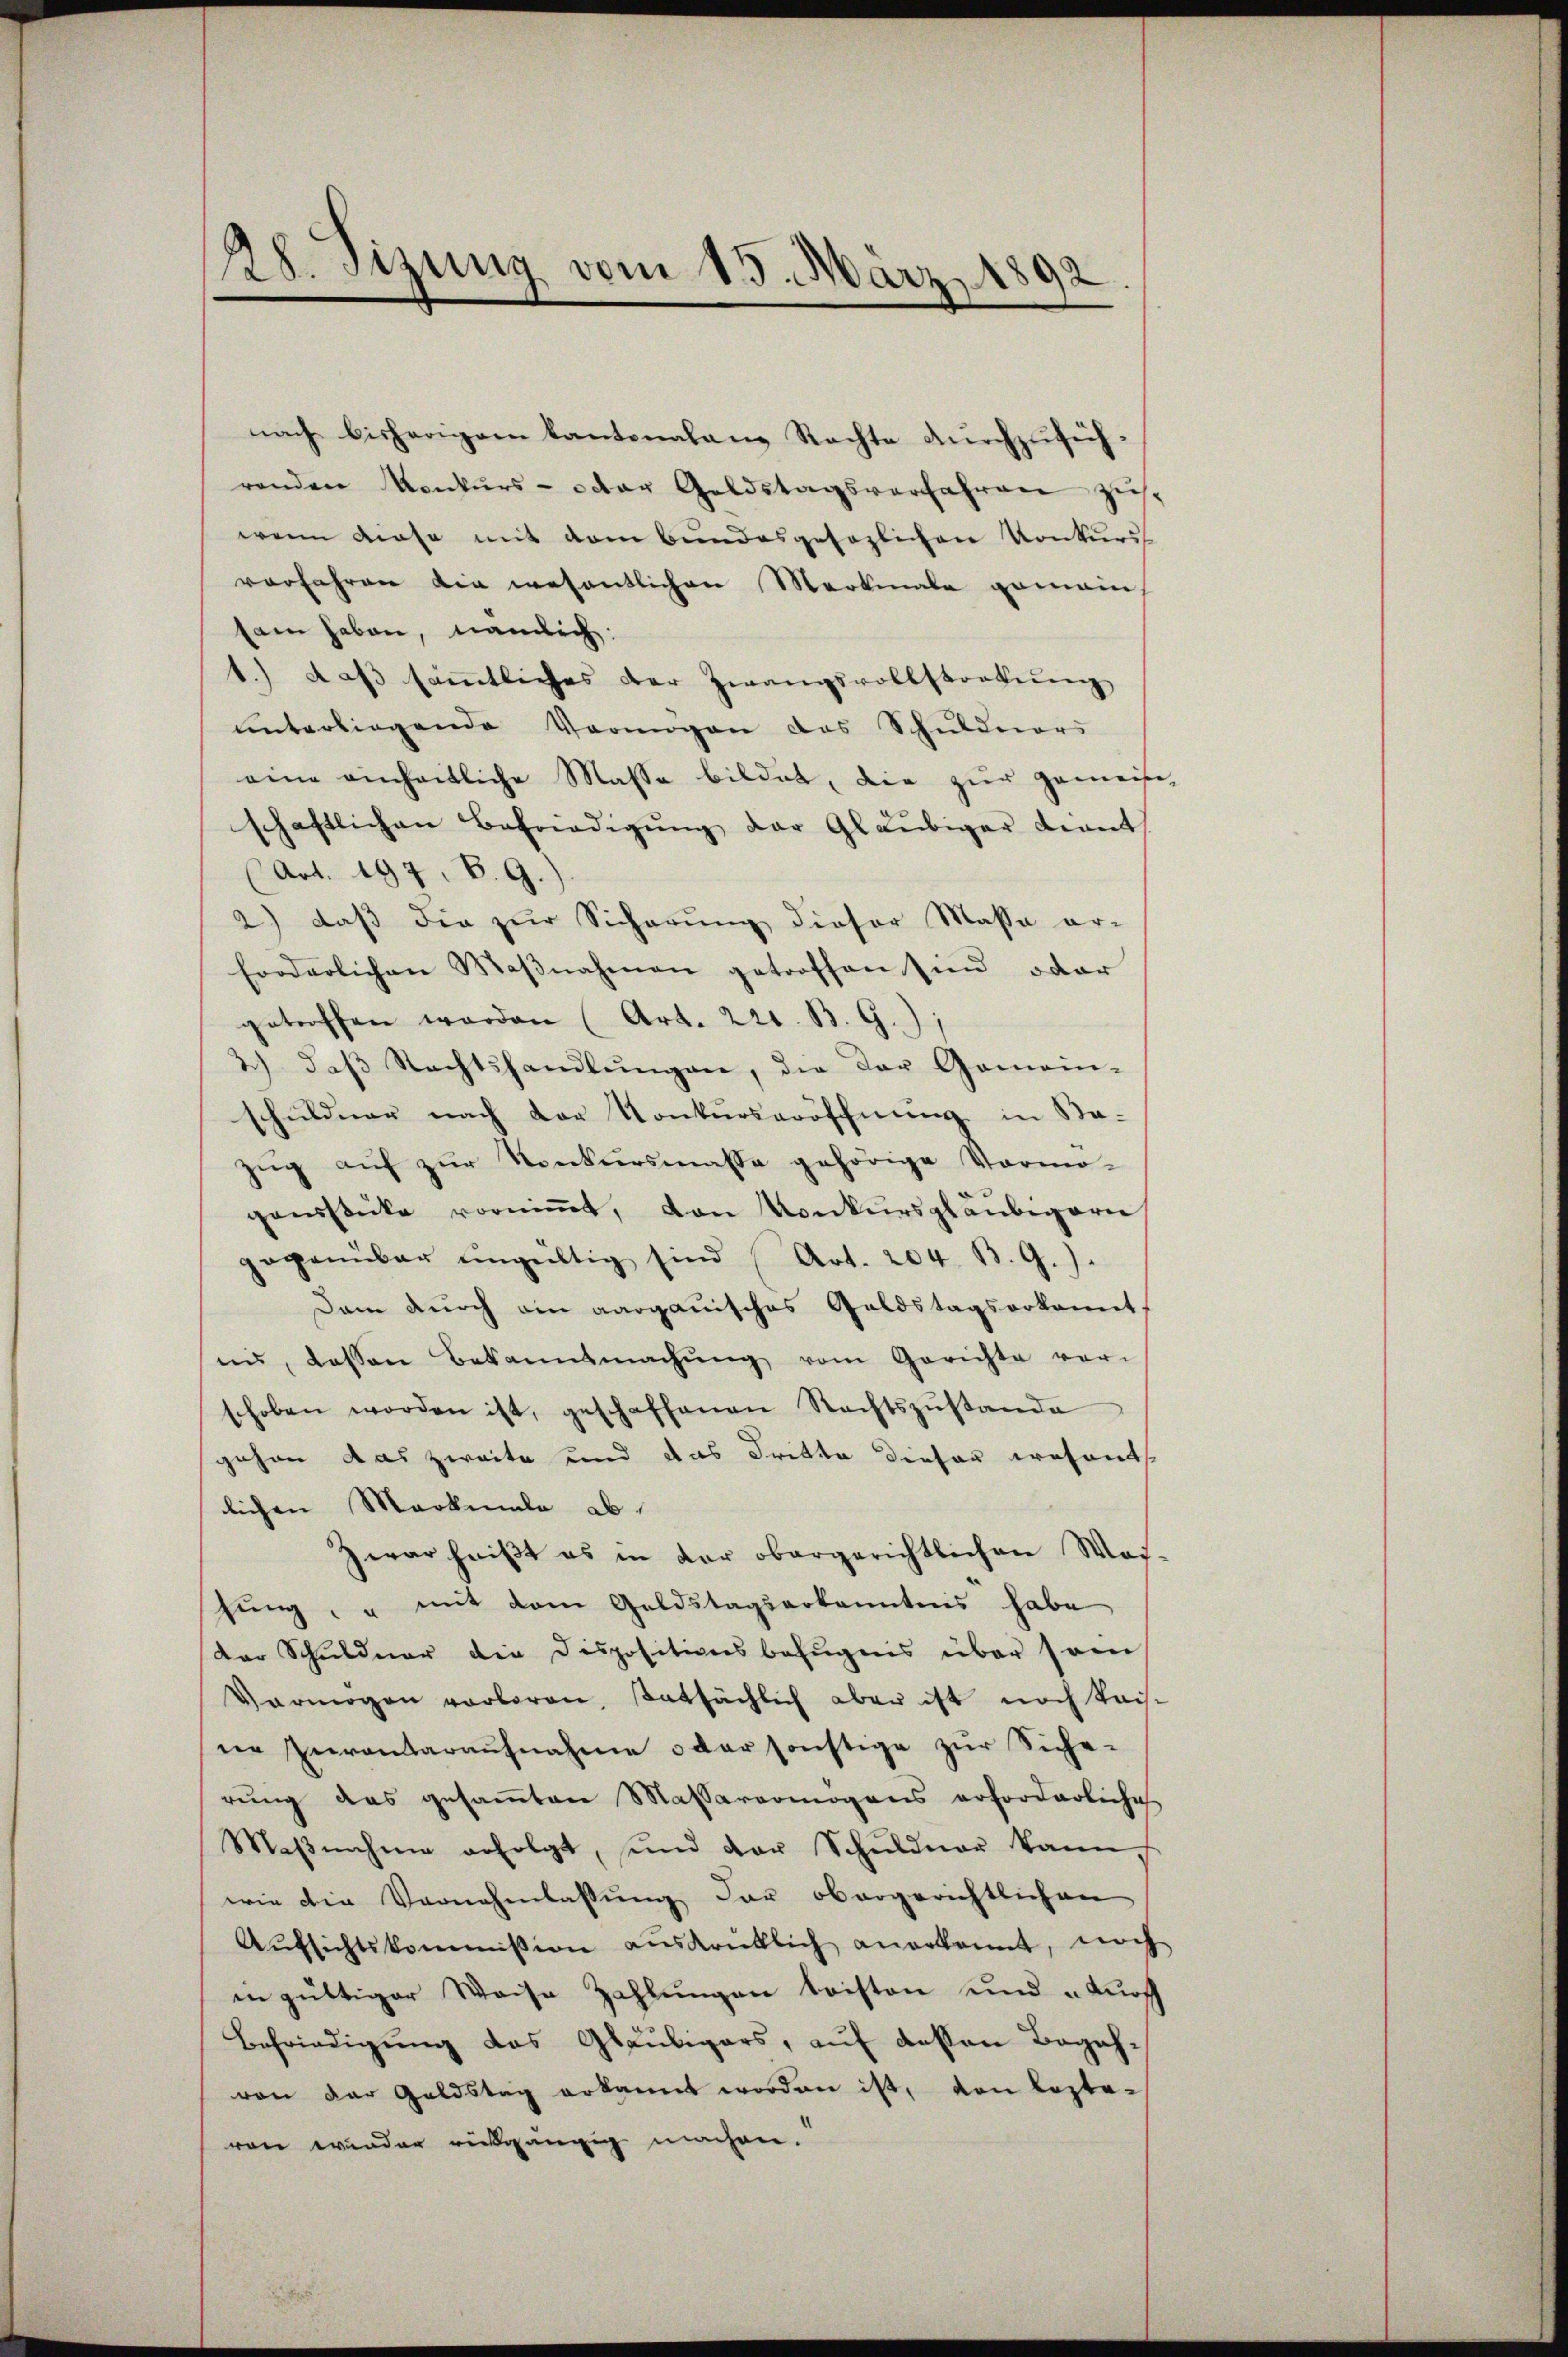
188. Sizung vom 15. März 1892

nach bisherigem Kantonalans Rechte durchzuführenden Konkurs- oder Geldstagsverfahren zust
wenn diese mit dem Bundesgesezlichen Konkurs
vorfahren die wesentlichen Merkmale gemein
sam haben, nämlich:
1.) daβ säṁtliches der Zwangsvollstorkŭng
unterliegende Vermögen des Schuldners
eine einheitliche Masse bildet, die zur gemeise,
schaftlichen Befriedigŭng der Gläubiger Kant
(Art. 197. B. G.).
2) daß die zur Sicherung dieser Massa ar-
forderlichen Maβnahmen getroffen sind oder
getroffen werden (Art. 221. B. G.);
2) daβ Rechtshandlŭngen, die der Gemein-
schuldner nach der Konkurseröffnung in Sa-
zug auf zur Konkursmasse gehörige Vormo-
genstücke vorniṁt, von Konkursgläubigern
gegenüber ŭngültig sind (Art. 204. B. G.).
Dam durch ein aargauisches Geldstagserkannt.
ni, dassen Bekanntmachŭng vom Gerichte vor-
schoben worden ist, geschaffenen Rechtszŭstande
gehen das zweite und das dritte dieser erosent
lichen Markmale ab
zwar heißt es in der obergerichtlichen Wos-
hung, u mit dem Geldstagserkanntnis habe
der Schuldner die Dispositionsbefugnis über sein
Vermögen verloren, tatsächlich aber ist noch kais.
ne Zurantaraufnahme oder sonstige zur Siche-
rung das gesamten Massavermögens erforderliche
Maβnahme erfolgt, und der Schuldner kann,
wie die Vernehmlassŭng der obergerichtlichen
Aŭfsichtskommission aŭsdrietlich anerkannt, noch
in gültiger Weise Zahlungen leisten und durch
Befriedigung des Gläubigers, auf dessen Begehvon der Goldstag erkannt worden ist, von lezte-
ren wieder rückgängig machen.